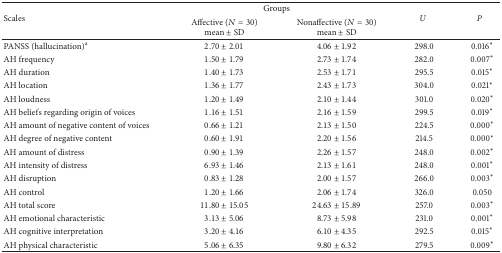
<table><thead><tr><td rowspan="2"><b>Scales</b></td><td colspan="2"><b>Groups</b></td><td rowspan="2"><b><i>U </i></b></td><td rowspan="2"><b><i>P </i></b></td></tr><tr><td><b>Affective (<i>N</i> = 30) mean ± SD</b></td><td><b>Nonaffective (<i>N</i> = 30) mean ± SD</b></td></tr></thead><tbody><tr><td>PANSS (hallucination)<sup>a</sup></td><td>2.70 ± 2.01</td><td>4.06 ± 1.92</td><td>298.0</td><td>0.016*</td></tr><tr><td>AH frequency</td><td>1.50 ± 1.79</td><td>2.73 ± 1.74</td><td>282.0</td><td>0.007*</td></tr><tr><td>AH duration</td><td>1.40 ± 1.73</td><td>2.53 ± 1.71</td><td>295.5</td><td>0.015*</td></tr><tr><td>AH location</td><td>1.36 ± 1.77</td><td>2.43 ± 1.73</td><td>304.0</td><td>0.021*</td></tr><tr><td>AH loudness</td><td>1.20 ± 1.49</td><td>2.10 ± 1.44</td><td>301.0</td><td>0.020*</td></tr><tr><td>AH beliefs regarding origin of voices</td><td>1.16 ± 1.51</td><td>2.16 ± 1.59</td><td>299.5</td><td>0.019*</td></tr><tr><td>AH amount of negative content of voices</td><td>0.66 ± 1.21</td><td>2.13 ± 1.50</td><td>224.5</td><td>0.000*</td></tr><tr><td>AH degree of negative content</td><td>0.60 ± 1.91</td><td>2.20 ± 1.56</td><td>214.5</td><td>0.000*</td></tr><tr><td>AH amount of distress</td><td>0.90 ± 1.39</td><td>2.26 ± 1.57</td><td>248.0</td><td>0.002*</td></tr><tr><td>AH intensity of distress</td><td>6.93 ± 1.46</td><td>2.13 ± 1.61</td><td>248.0</td><td>0.001*</td></tr><tr><td>AH disruption </td><td>0.83 ± 1.28</td><td>2.00 ± 1.57</td><td>266.0</td><td>0.003*</td></tr><tr><td>AH control</td><td>1.20 ± 1.66</td><td>2.06 ± 1.74</td><td>326.0</td><td>0.050</td></tr><tr><td>AH total score</td><td>11.80 ± 15.05</td><td>24.63 ± 15.89</td><td>257.0</td><td>0.003*</td></tr><tr><td>AH emotional characteristic</td><td>3.13 ± 5.06</td><td>8.73 ± 5.98</td><td>231.0</td><td>0.001*</td></tr><tr><td>AH cognitive interpretation</td><td>3.20 ± 4.16</td><td>6.10 ± 4.35</td><td>292.5</td><td>0.015*</td></tr><tr><td>AH physical characteristic</td><td>5.06 ± 6.35</td><td>9.80 ± 6.32</td><td>279.5</td><td>0.009*</td></tr></tbody></table>